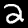
Label: 2